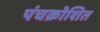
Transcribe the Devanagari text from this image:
पंचक्रोशित